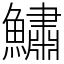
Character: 鱐